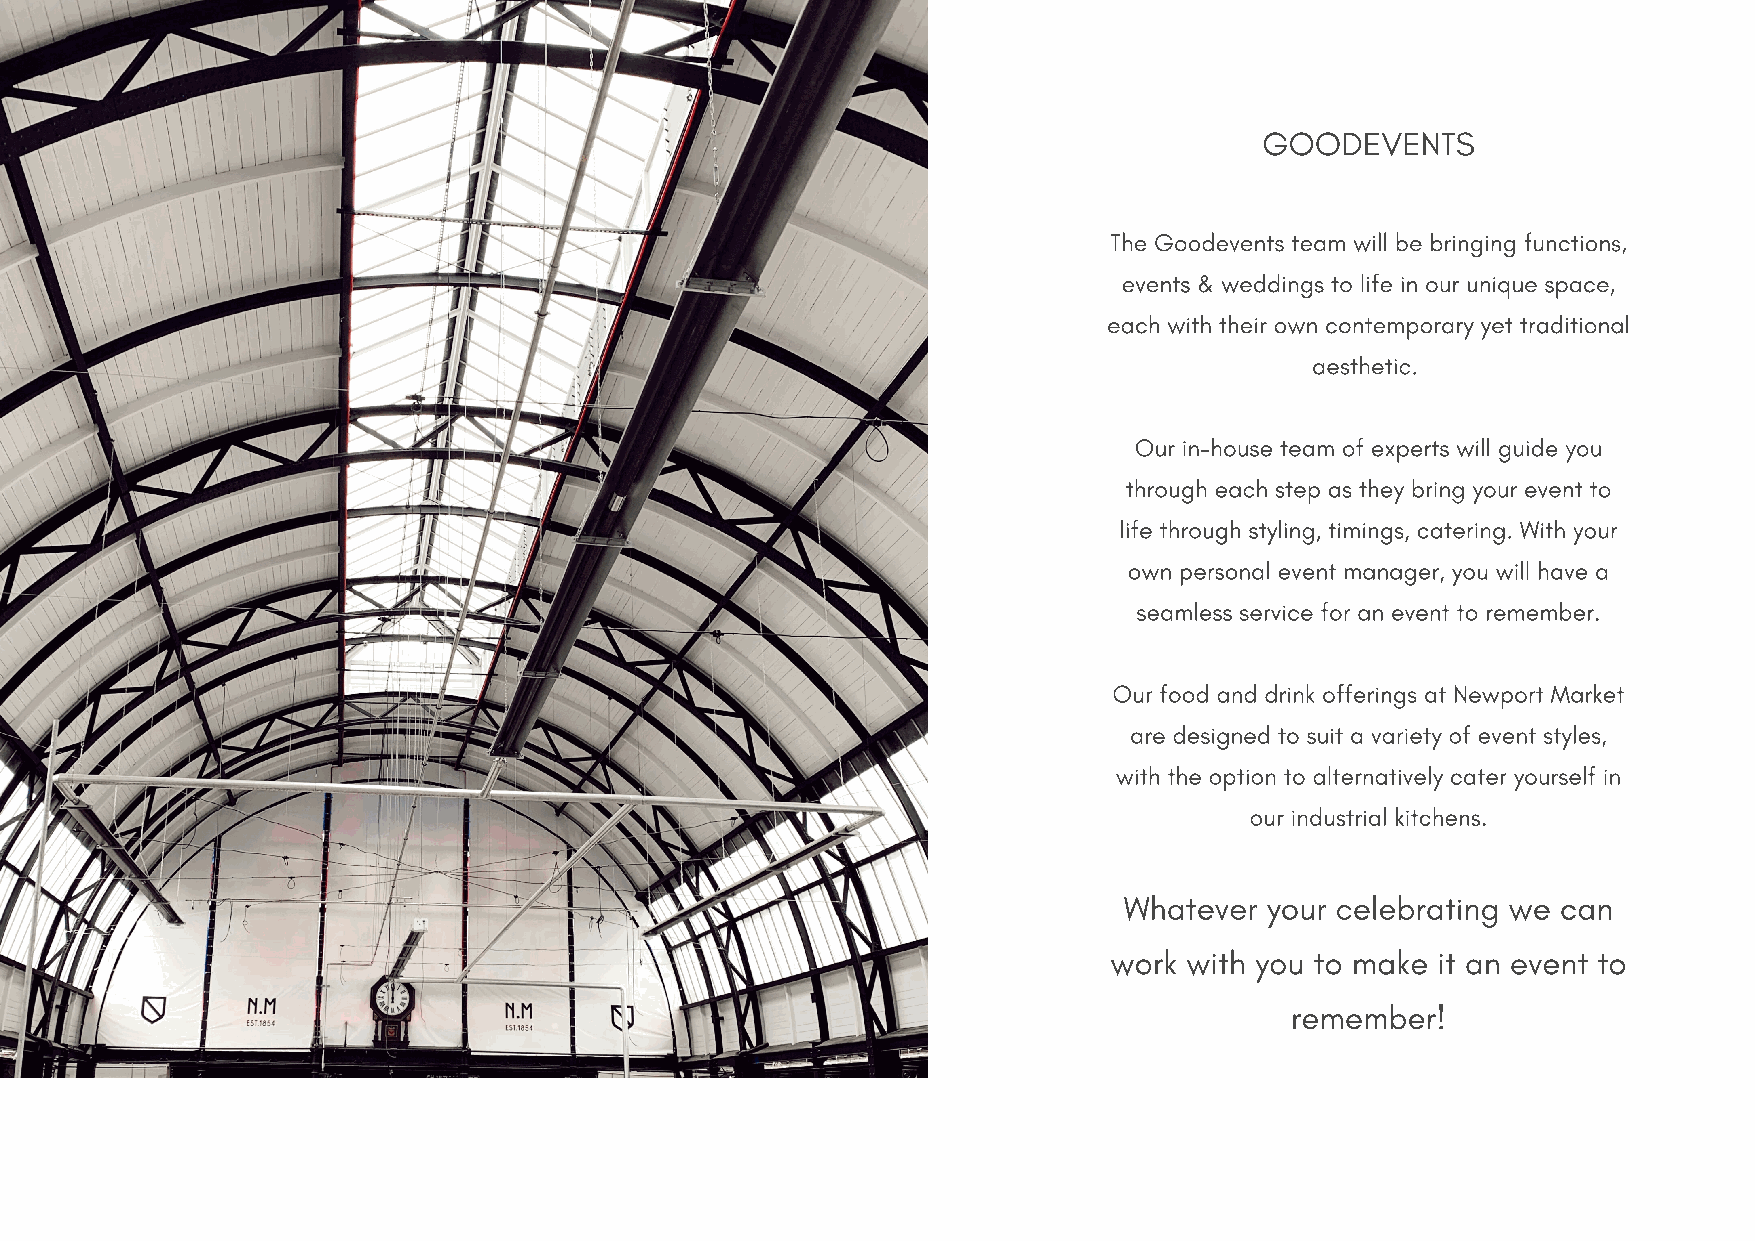
GOODEVENTS
 The Goodevents team will be bringing functions,
 events & weddings to life in our unique space,
 each with their own contemporary yet traditional
 aesthetic.
 Our in-house team of experts will guide you
 through each step as they bring your event to
 life through styling, timings, catering. With your
 own personal event manager, you will have a
 seamless service for an event to remember.
 Our food and drink offerings at Newport Market
 are designed to suit a variety of event styles,
 with the option to alternatively cater yourself in
 our industrial kitchens.
 Whatever  your ce lebrating we can
 work with you to make it an event to
 remember!